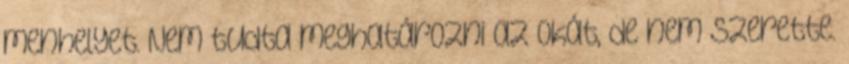
menhelyet. Nem tudta meghatározni az okát, de nem szerette.